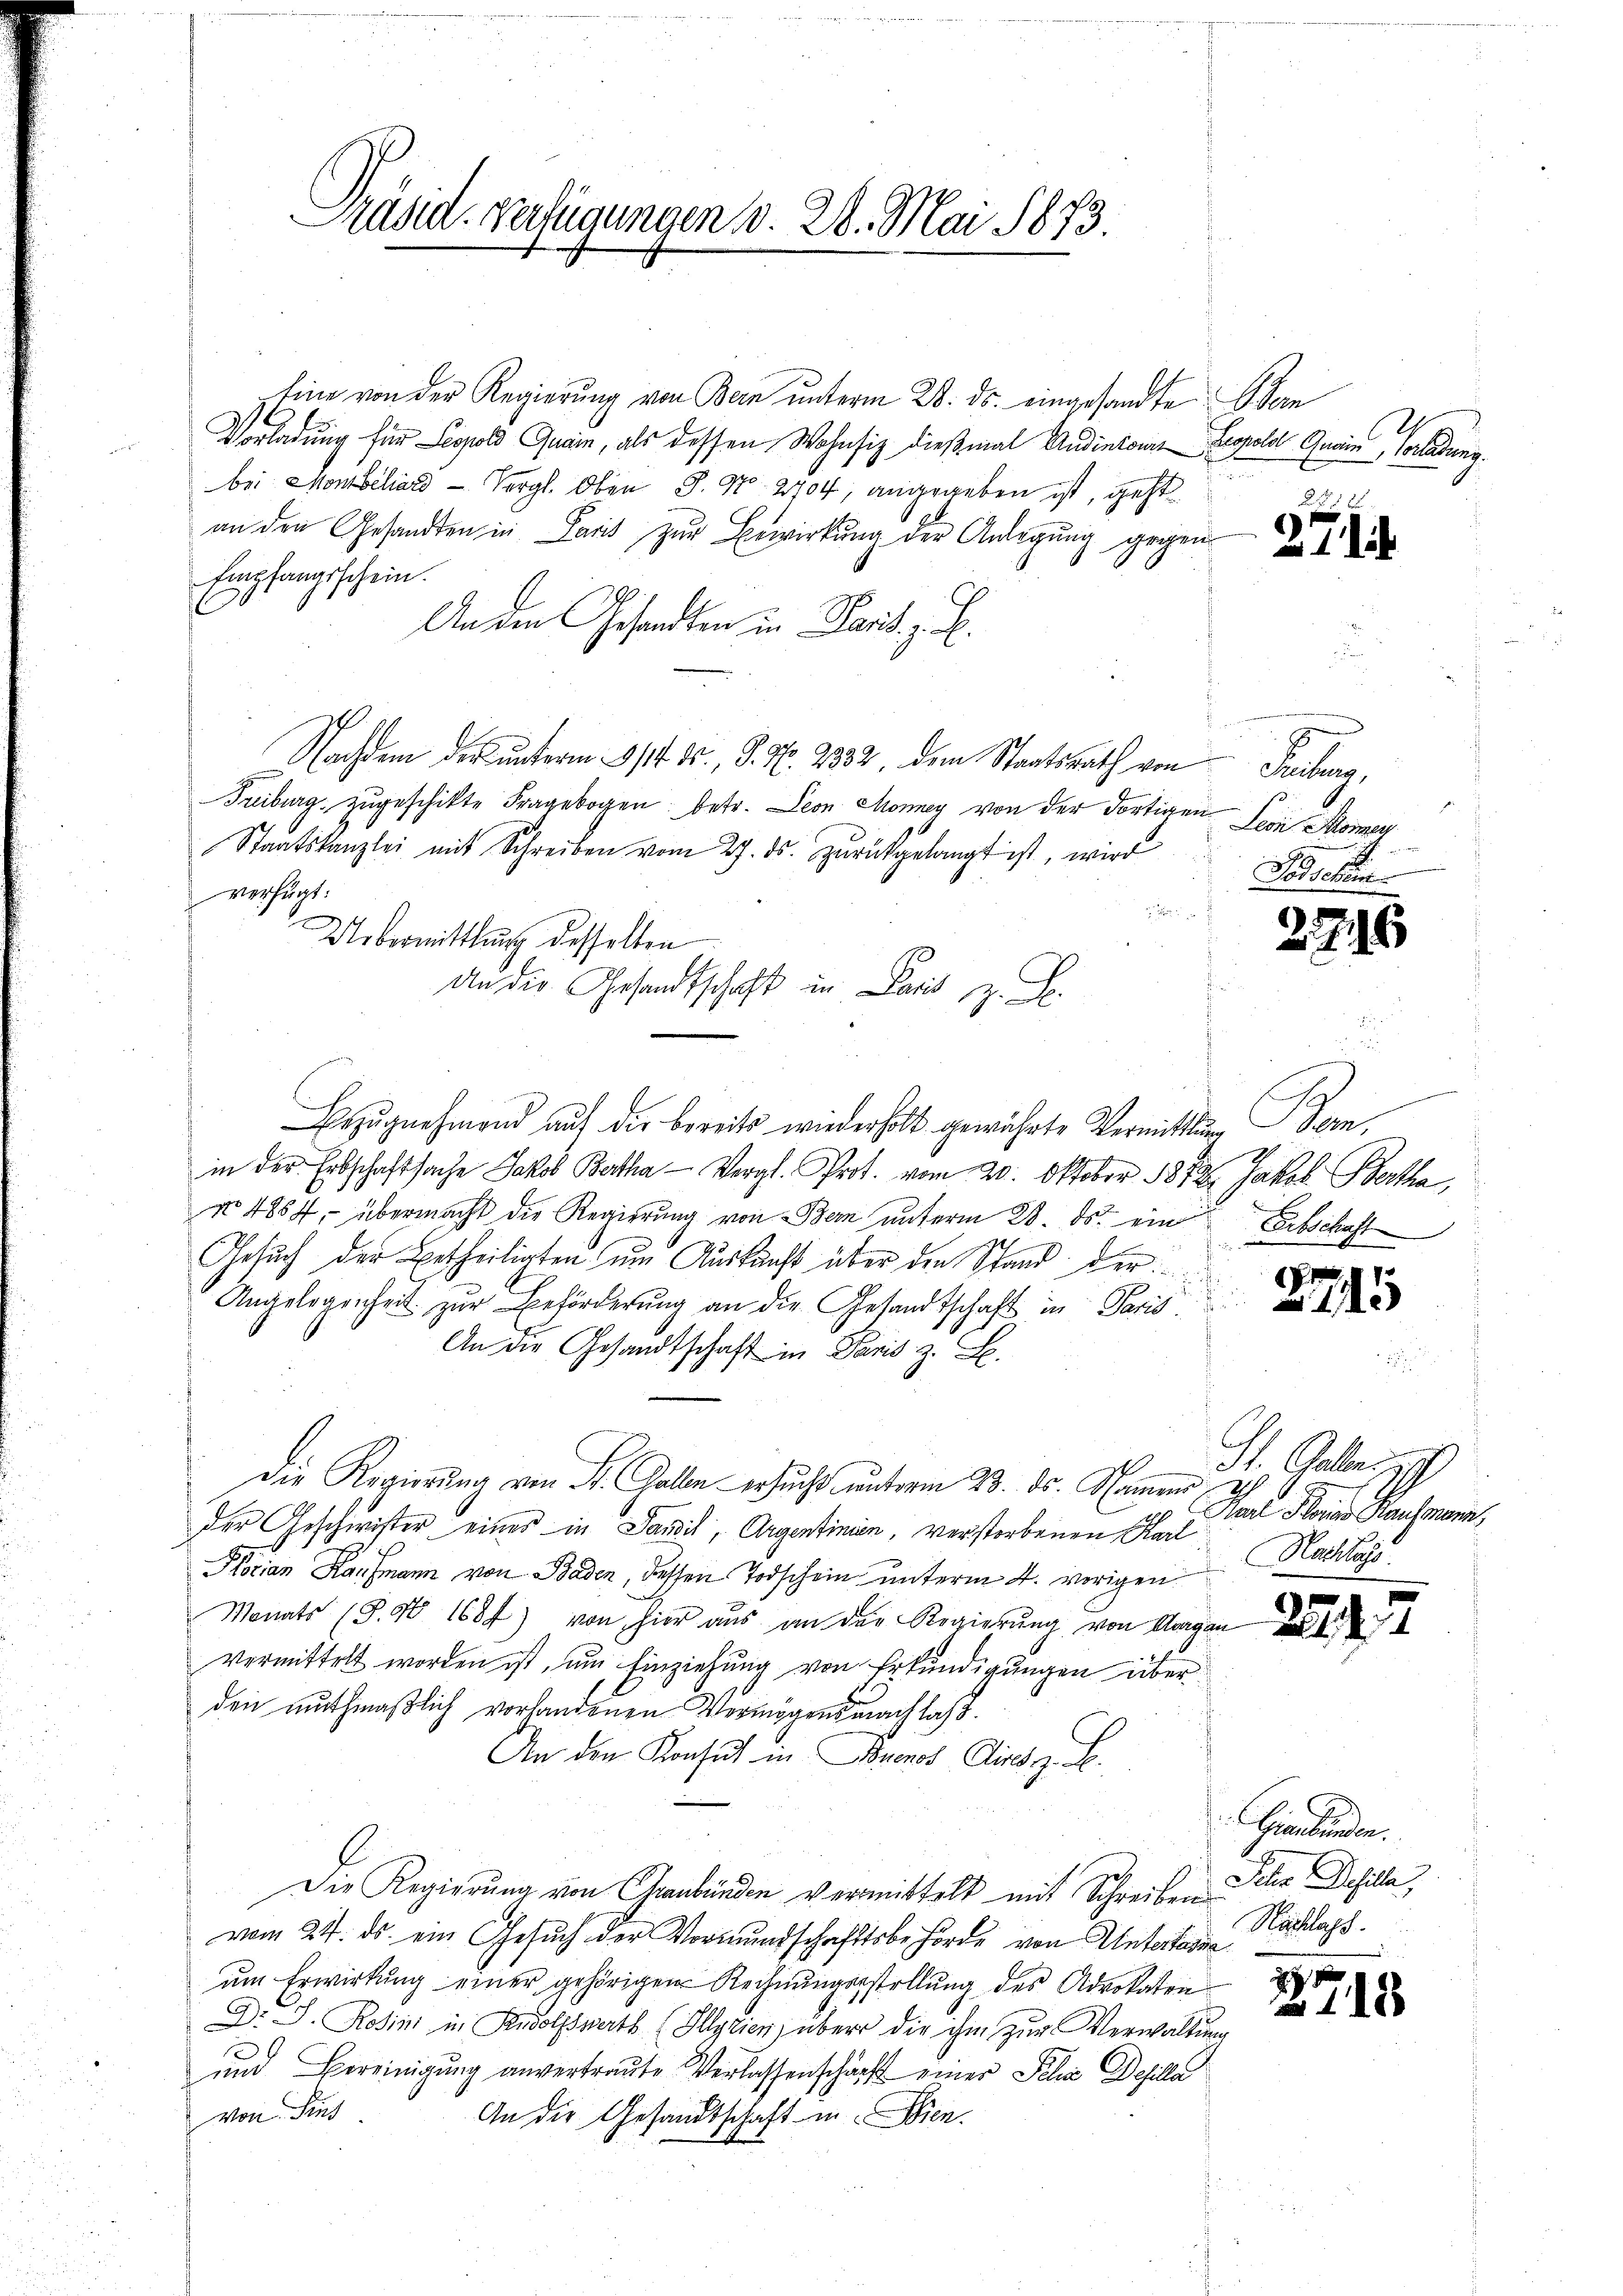
Präsid. Verfügungen d. 28. Mai 1873.

Eine von der Regierung von Bern unterm 28. ds. eingesandte Obern
Vorladung für Leopold Quain, als dessen Wohnsiz dießmal Andentours Leopold Gawin, Vorladung.
bei Monsiliar Vergl. Oben S. Nr. 2704, angegeben ist, geht
an den Gesandten in Paris zur Bewirkung der Anlegung gegen
Empfangsschein.
An den Gesandten in Paris. z. B.
Nachdem der unterm 14. ds., S. Nr. 2832, dem Staatsrath von Freiburg,
Treiburg zugeschikte Fragebogen betr. Leon Money von der dortigen Seon Komen
Staatskanzlei mit Schreiben vom 27. ds. zŭrückgelangt ist, wird Fischein
verfügt:
Uebermittlung desselben
Bezŭgnehmend auf die bereits wiederholt gewährte Vermittlung Bern,
in der Erbschaftsache Jakob Bartha - Vergl. Prot. vom 20. Oktober 1812. Jakob Berta
No 4854, übermacht die Regierung von Bern unterm 28. ds. ein Erbschaft
Gesuch der Betheiligten um Auskunft über den Stand der
Angelegenheit zur Beförderung an die Gesandtschaft in Paris
An die Gesandtschaft in Paris z. B.
Die Regierŭng von St. Gallen ersucht unterm 23. ds. Namens
der Geschwister eines in Landil, Argentinien, verstorbenen Karl
Plocian Kaufmann von Baden, dessen Todschein unterm 4. vorigen
Monats (S. 98 1684) von hier aus an der Regierung von Aargau
vermittelt worden ist, um Einziehung von Erkundigungen über
den muthmaßlich vorhandenen Vermögensnachlass
An den Konsul in Buenos Airez. S.
Die Regierung von Graubünden vermittelt mit Schreiben
vom 24. ds. ein Gesŭch der Vormundschaftsbehörde von Untertagen
ŭm Erwirkŭng einer gehörigen Rechnŭngenstellung des Advokaten
Dr. J. Rostini in Rudolfswerts (Illyrien, über die ihm zur Verwaltung
und Bereinigung anvertraute Verlassenschärft einer Scha Desilla
von Find
An die Gesandtschaft in Seien.

An die Gesandtschaft in Paris z. B.

Ih
e
1xx

271.

t
8
d

9

22.

f

15

St. Galles
Ha Serien Kaufmann,
Nachlag

274.

2 x

6

7

Hiebenden.
Icher Defilla,
Nachlass.

2